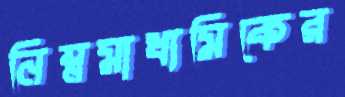
নিম্নমাধ্যমিকের